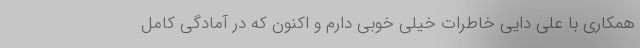
همکاری با علی دایی خاطرات خیلی خوبی دارم و اکنون که در آمادگی کامل